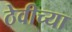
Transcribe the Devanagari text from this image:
ठेवीच्या